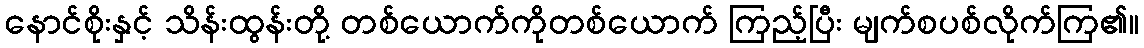
နောင်စိုးနှင့် သိန်းထွန်းတို့ တစ်ယောက်ကိုတစ်ယောက် ကြည့်ပြီး မျက်စပစ်လိုက်ကြ၏။